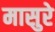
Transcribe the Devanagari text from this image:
मासुरे